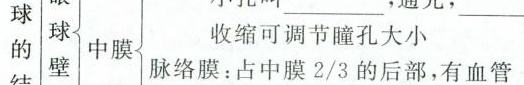
球 球 膜脉络膜：占中膜2/3的后部，有血管